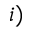
i )